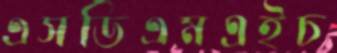
এসডিএমএইচ